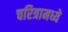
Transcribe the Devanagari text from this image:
चरित्रामध्ये